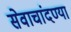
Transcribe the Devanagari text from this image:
सेवाचांदण्या